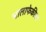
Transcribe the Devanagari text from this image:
भालाफेकीचा